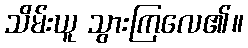
သိမ်းယူ သွားကြလေ၏။